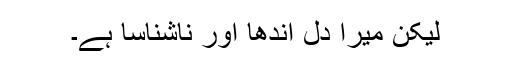
لیکن میرا دل اندھا اور ناشناسا ہے۔